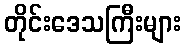
တိုင်းဒေသကြီးများ